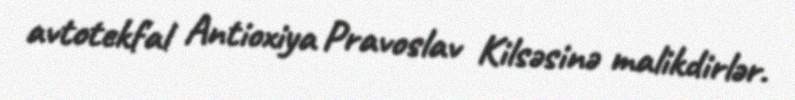
avtotekfal Antioxiya Pravoslav Kilsəsinə malikdirlər.